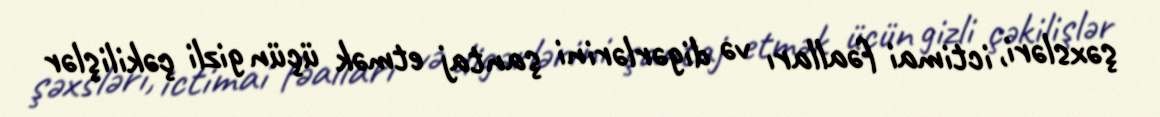
şəxsləri, ictimai fəalları və digərlərini şantaj etmək üçün gizli çəkilişlər